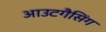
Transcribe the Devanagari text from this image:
आउटगैसिंग